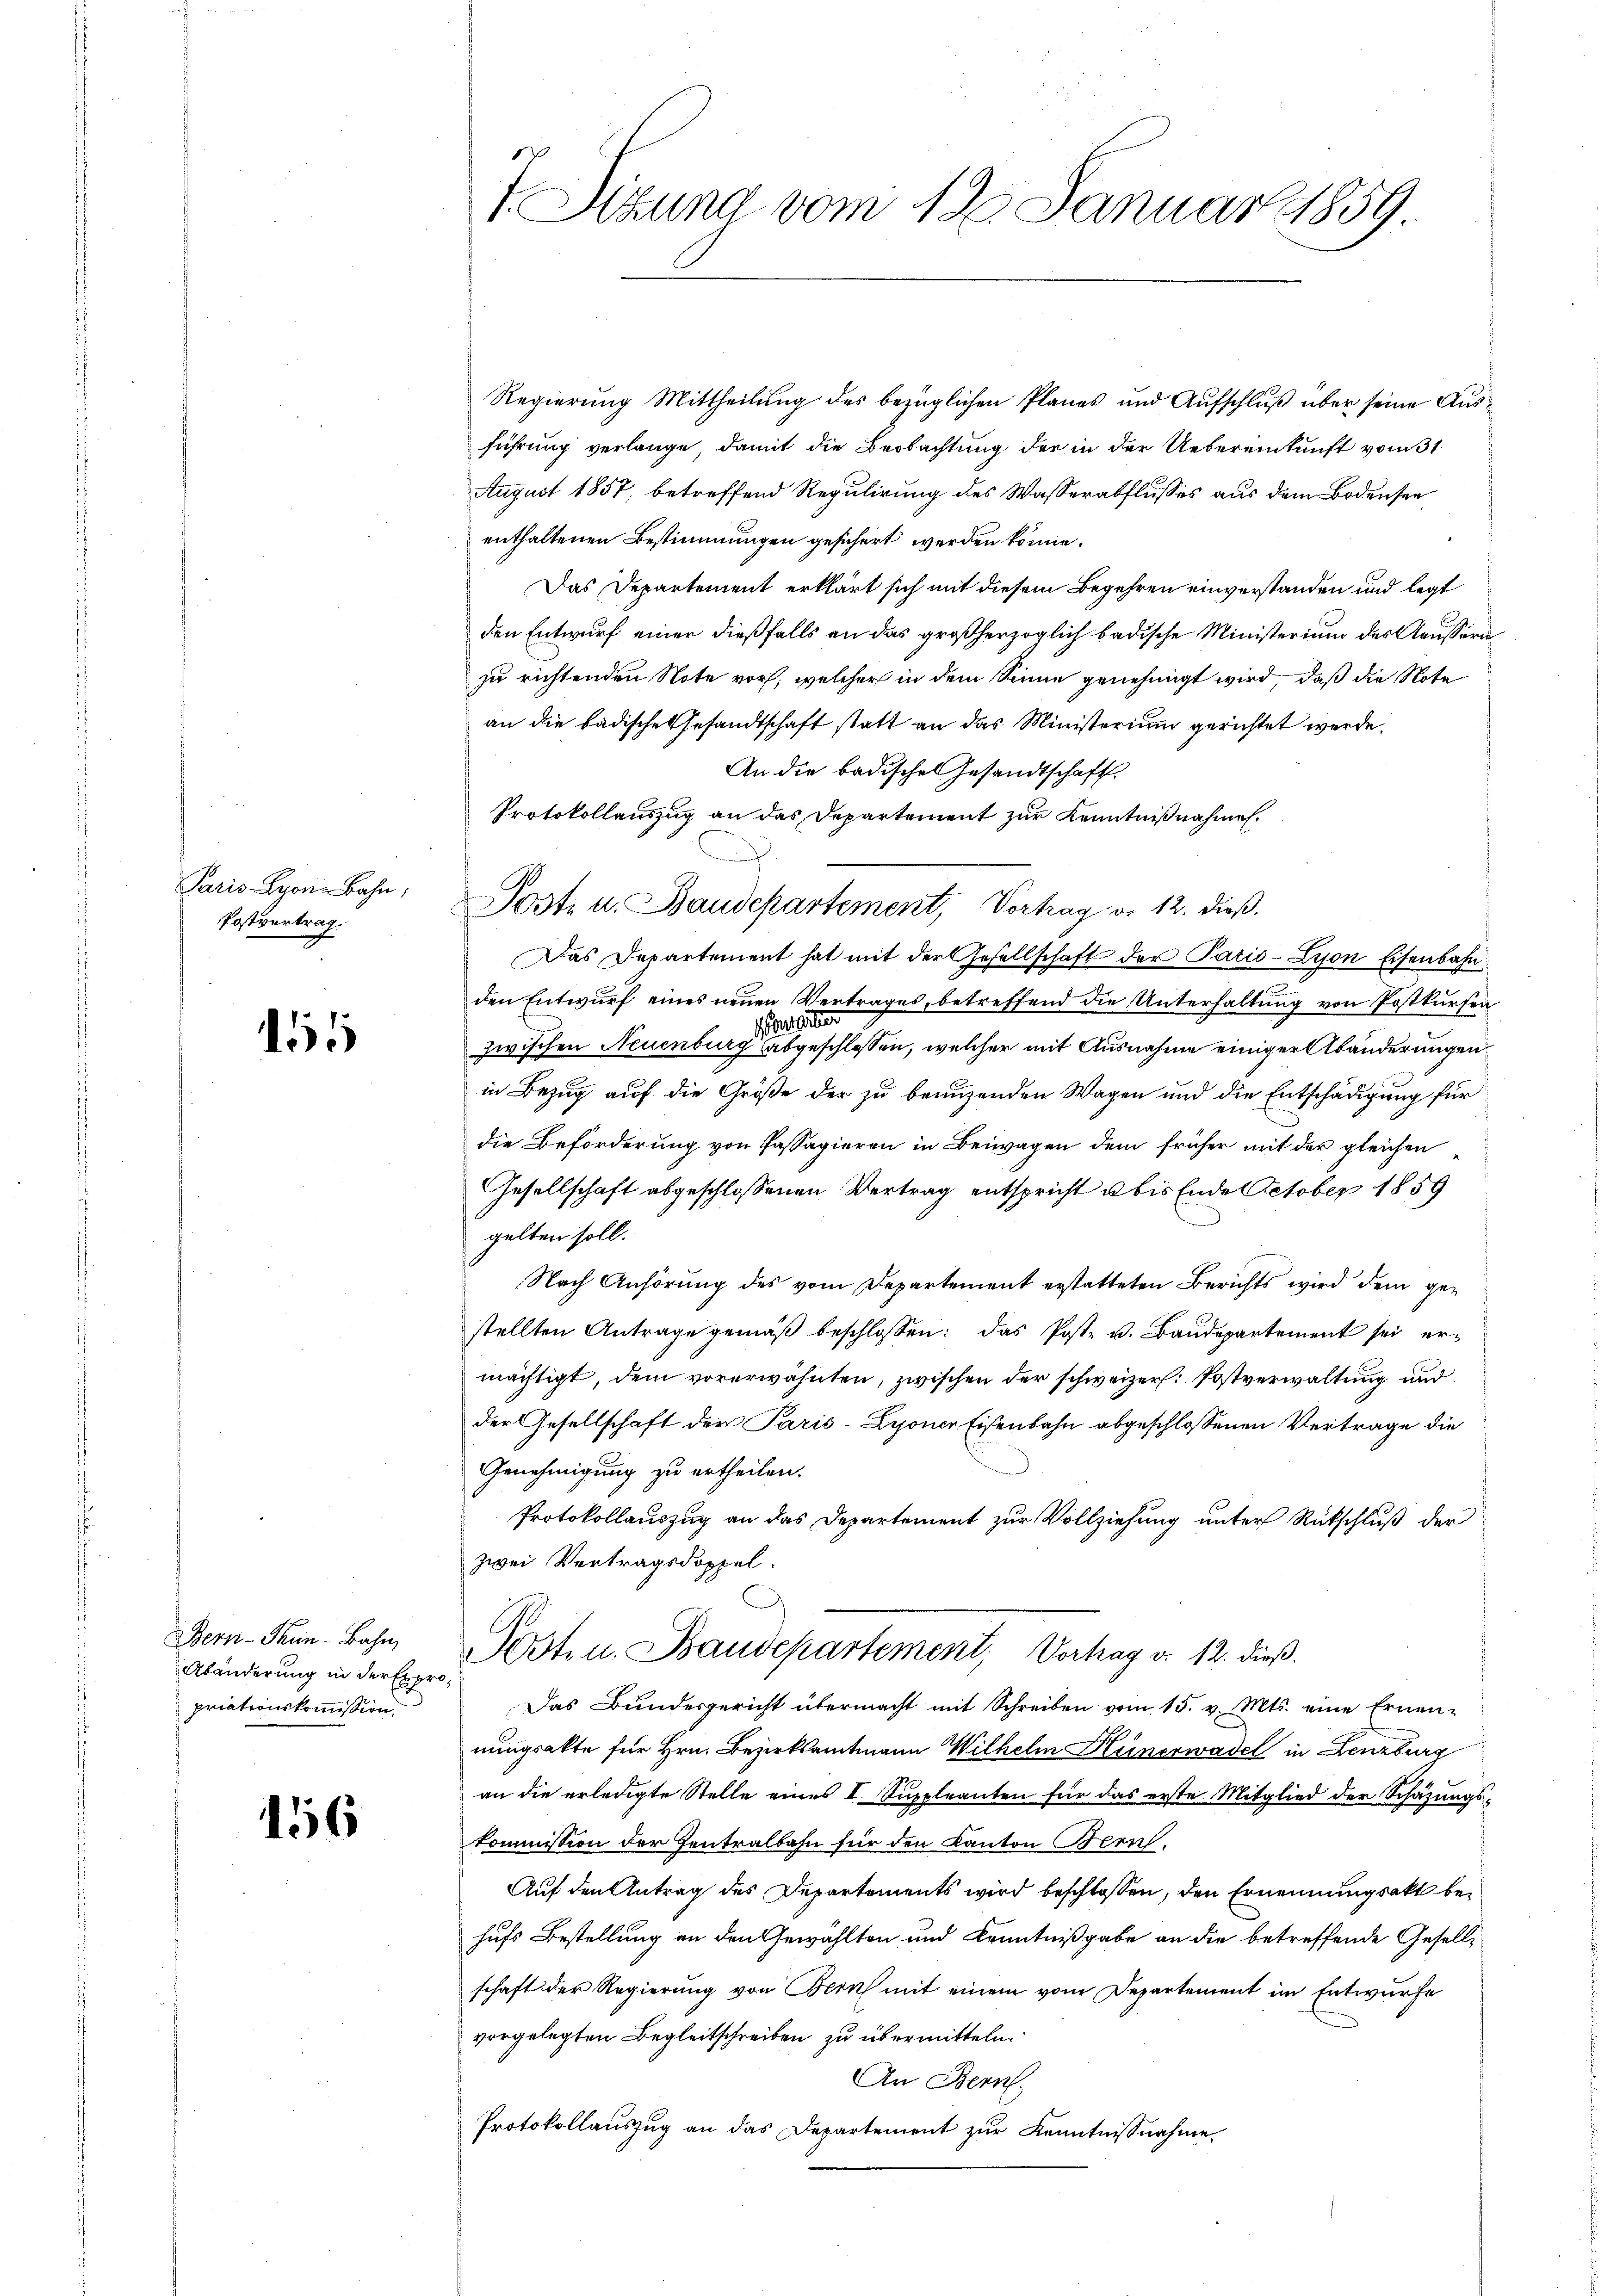
Paris Lyon Bahn,
Postvertrag.

155

Bern-Thin-Bahn
Abänderung in der Expro
priationskommission.

156

I Sizung vom 12. Januar 1859

Regierung Mittheilung des bezüglichen Planes und Aufschluß über seine Ausführung verlange, damit die Beobachtung der in der Uebereinkunft vom 31.
August 1857, betreffend Regulirung des Wasserabflusses aus dem Bodensee
g
enthaltenen Bestimmungen gesichert werden könne.
Das Departement erklärt sich mit diesem Begehren einverstanden und legt
den Entwurf einer dießfalls an das großherzoglich badische Ministerium des Aeusserazu richtenden Note vor, welcher in dem Sinne genehmigt wird, daß die Note
an die badische Gesandtschaft statt an das Ministerium gerichtet werde.
An die badisches Gesandtschaft
Das Departement hat mit der Gesellschaft der Paris - Lyon Eisenbahn
den Entwurf eines neuen Vertrages, betreffend die Unterhaltung von Postkursen
deshalter
zwischen Neuenburg abgeschlossen, welcher mit Ausnahme einiger Abänderungen
in Bezug auf die Größe der zu benuzenden Wagen und die Entschädigung für
die Beförderung von Passagieren in Beiwagen dem früher mit der gleichen
Gesellschaft abgeschlossenen Vertrag entspricht u bis Ende October 1859
gelten soll.
Nach Anhörung des vom Departement erstatteten Berichts wird dem gestellten Antrage gemäβ beschlossen: das Post- u. Baŭdepartement sei er-
mächtigt, dem vorerwähnten, zwischen der schweizer. Postverwaltung und
der Gesellschaft der Paris-Lyoner Eisenbahn abgeschlossenen Vertrage die
Genehmigung zu ertheilen.
Protokollauszug an das Departement zur Vollziehung unter Rückschluß der
zwei Vertragsdoppel.
Posten. Baudepartement, Vortrag v. 12. dieß.
Das Bundesgericht übermacht mit Schreiben vom 15. v. Mts. eine Ernen-
nungsakte für Hrn. Bezirksamtmann Wilhelm Hünerwadel in Lenzburg
an die erledigte Stelle eines I. Suppleanten für das erste Mitglied der Schätzungskommission der Zentralbahn für den Kanton Bern
Auf den Antrag des Departements wird beschlossen, den Ernennungsakt behufs Bestellung an den Gewählten und Kenntnißgabe an die betreffende Gesellschaft der Regierung von Bern mit einem vom Departement im Entwurfe
vorgelegten Begleitschreiben zu übermitteln.
An Bern.
Protokollauszug an das Departement zur Kenntnisnahme

Protokollauszug an das Departement zur Kenntnißnahmen.
Post- u. Baudepartement, Vortrag d. 12. dieß.